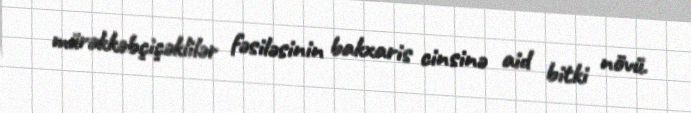
mürəkkəbçiçəklilər fəsiləsinin bakxaris cinsinə aid bitki növü.